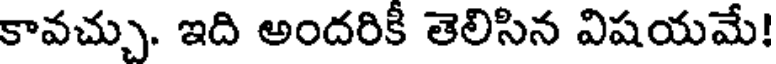
కావచ్చు. ఇది అందరికీ తెలిసిన విషయమే!